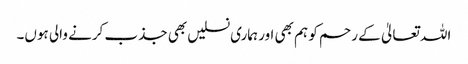
اللہ تعالیٰ کے رحم کو ہم بھی اور ہماری نسلیں بھی جذب کرنے والی ہوں۔